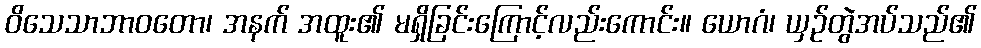
ဝိသေသာဘာဝတော၊ အနက် အထူး၏ မရှိခြင်းကြောင့်လည်းကောင်း။ ယောဂံ၊ ယှဉ်တွဲအပ်သည်၏